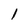
Character: l